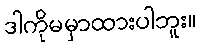
ဒါကိုမမှာထားပါဘူး။